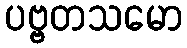
ပဗ္ဗတသမော